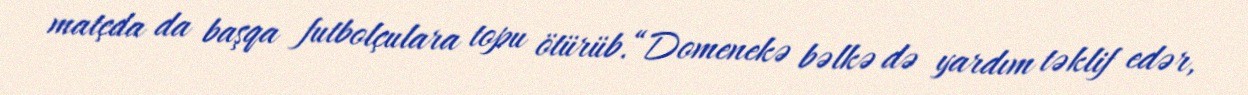
matçda da başqa futbolçulara topu ötürüb.“Domenekə bəlkə də yardım təklif edər,